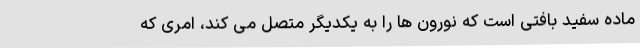
ماده سفید بافتی است که نورون ها را به یکدیگر متصل می کند، امری که